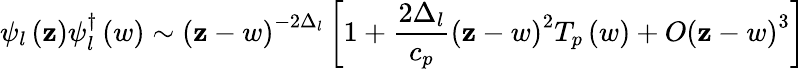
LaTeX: \psi_{l}\left(\mathbf{z}\right)\psi_{l}^{\dagger}\left(w\right)\sim\left(\mathbf{z}-w\right)^{-2\Delta_{l}}\left[1+\frac{{2\Delta_{l}}}{{c_{p}}}\left(\mathbf{z}-w\right)^{2}T_{p}\left(w\right)+O\left(\mathbf{z}-w\right)^{3}\right]